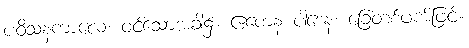
ပဝိသနကာလေ၊ ဝင်သောအခါ၌။ ဧကေန ပါဒေန၊ ခြေတစ်ဖက်ဖြင့်။